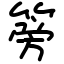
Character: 篣